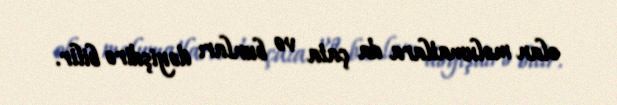
olan məlumatlara da çata və bunları dəyişdirə bilir.